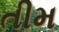
તીમ